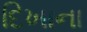
દિખાના